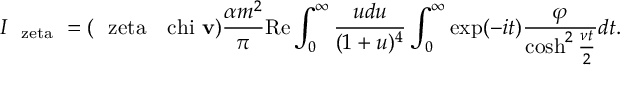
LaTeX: I _ { \mathrm { \boldmath ~ \ z e t a ~ } } = ( \mathrm { \boldmath ~ \ z e t a ~ } \mathrm { \boldmath ~ \ c h i ~ } { \bf v } ) \frac { \alpha m ^ { 2 } } { \pi } \mathrm { R e } \int _ { 0 } ^ { \infty } \frac { u d u } { ( 1 + u ) ^ { 4 } } \int _ { 0 } ^ { \infty } \exp ( - i t ) \frac { \varphi } { \cosh ^ { 2 } \frac { \nu t } { 2 } } d t .